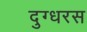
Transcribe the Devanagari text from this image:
दुग्धरस